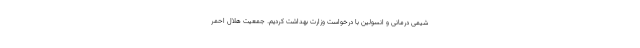
شیمی درمانی و انسولین با درخواست وزارت بهداشت کردیم. جمعیت هلال احمر